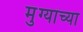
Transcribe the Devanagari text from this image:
मुंग्यांच्या